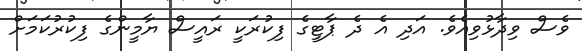
ވެސް ވިދާޅުވިއެވެ. އަދި އެ ދެ ޕާޓީގެ ފިކުރަކީ ރައީސް ޔާމީންގެ ފިކުރުކަމަށް